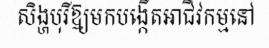
សិង្ហបុរីឱ្យមកបង្កើតអាជីវកម្មនៅ